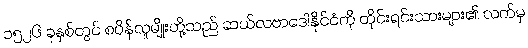
၁၅၂၆ ခုနှစ်တွင် စပိန်လူမျိုးတို့သည် ဆယ်လဗာဒေါနိုင်ငံကို တိုင်းရင်းသားများ၏ လက်မှ